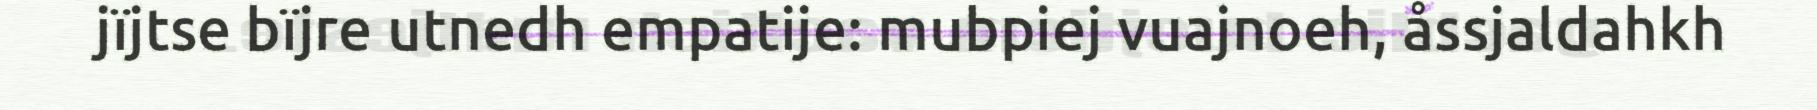
jïjtse bïjre utnedh empatije: mubpiej vuajnoeh, åssjaldahkh